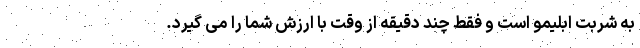
به شربت ابلیمو است و فقط چند دقیقه از وقت با ارزش شما را می گیرد.